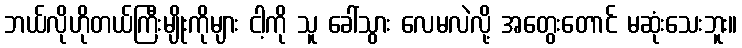
ဘယ်လိုဟိုတယ်ကြီးမျိုးကိုများ ငါ့ကို သူ ခေါ်သွား လေမလဲလို့ အတွေးတောင် မဆုံးသေးဘူး။